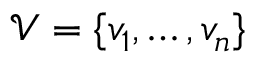
\mathcal { V } = \{ v _ { 1 } , \ldots , v _ { n } \}